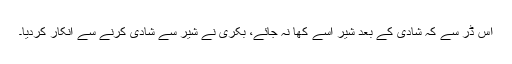
اس ڈر سے کہ شادی کے بعد شیر اسے کھا نہ جائے، بکری نے شیر سے شادی کرنے سے انکار کردیا۔